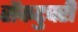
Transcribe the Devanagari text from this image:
सेंकटुवरी